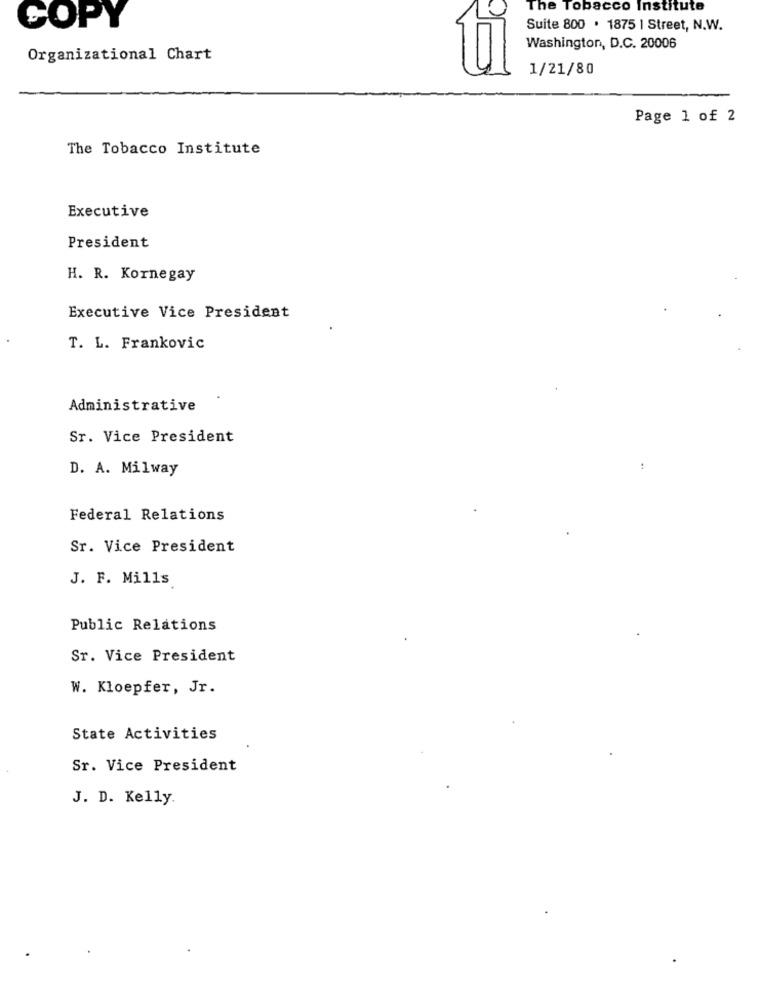
The Tobacco Institute
COPY
Suite 800 . 1875 | Street, N.W.
Washington, D.C. 20006
Organizational Chart
1/21/80
Page 1 of 2
The Tobacco Institute
Executive
President
H. R. Kornegay
Executive Vice President
T. L. Frankovic
Administrative
Sr. Vice President
D. A. Milway
:
Federal Relations
Sr. Vice President
J. F. Mills
Public Relations
Sr. Vice President
W. Kloepfer, Jr.
State Activities
Sr. Vice President
J. D. Kelly.